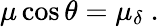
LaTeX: \mu\cos\theta=\mu_{\delta}\ .